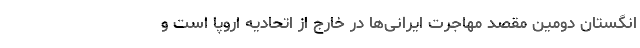
انگستان دومین مقصد مهاجرت ایرانی‌ها در خارج از اتحادیه اروپا است و